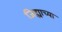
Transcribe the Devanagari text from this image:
जिह्याच्या